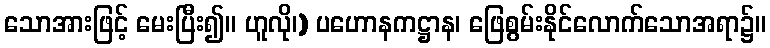
သောအားဖြင့် မေးပြီး၍။ ဟူလို၊) ပဟောနကဋ္ဌာန၊ ဖြေစွမ်းနိုင်လောက်သောအရာ၌။